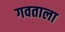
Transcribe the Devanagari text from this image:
गवताला